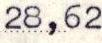
28,62